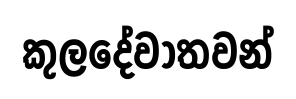
කුලදේවාතවන්